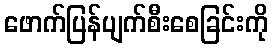
ဖောက်ပြန်ပျက်စီးစေခြင်းကို